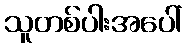
သူတစ်ပါးအပေါ်